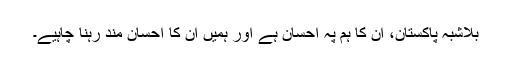
بلاشبہ پاکستان، ان کا ہم پہ احسان ہے اور ہمیں ان کا احسان مند رہنا چاہیے۔